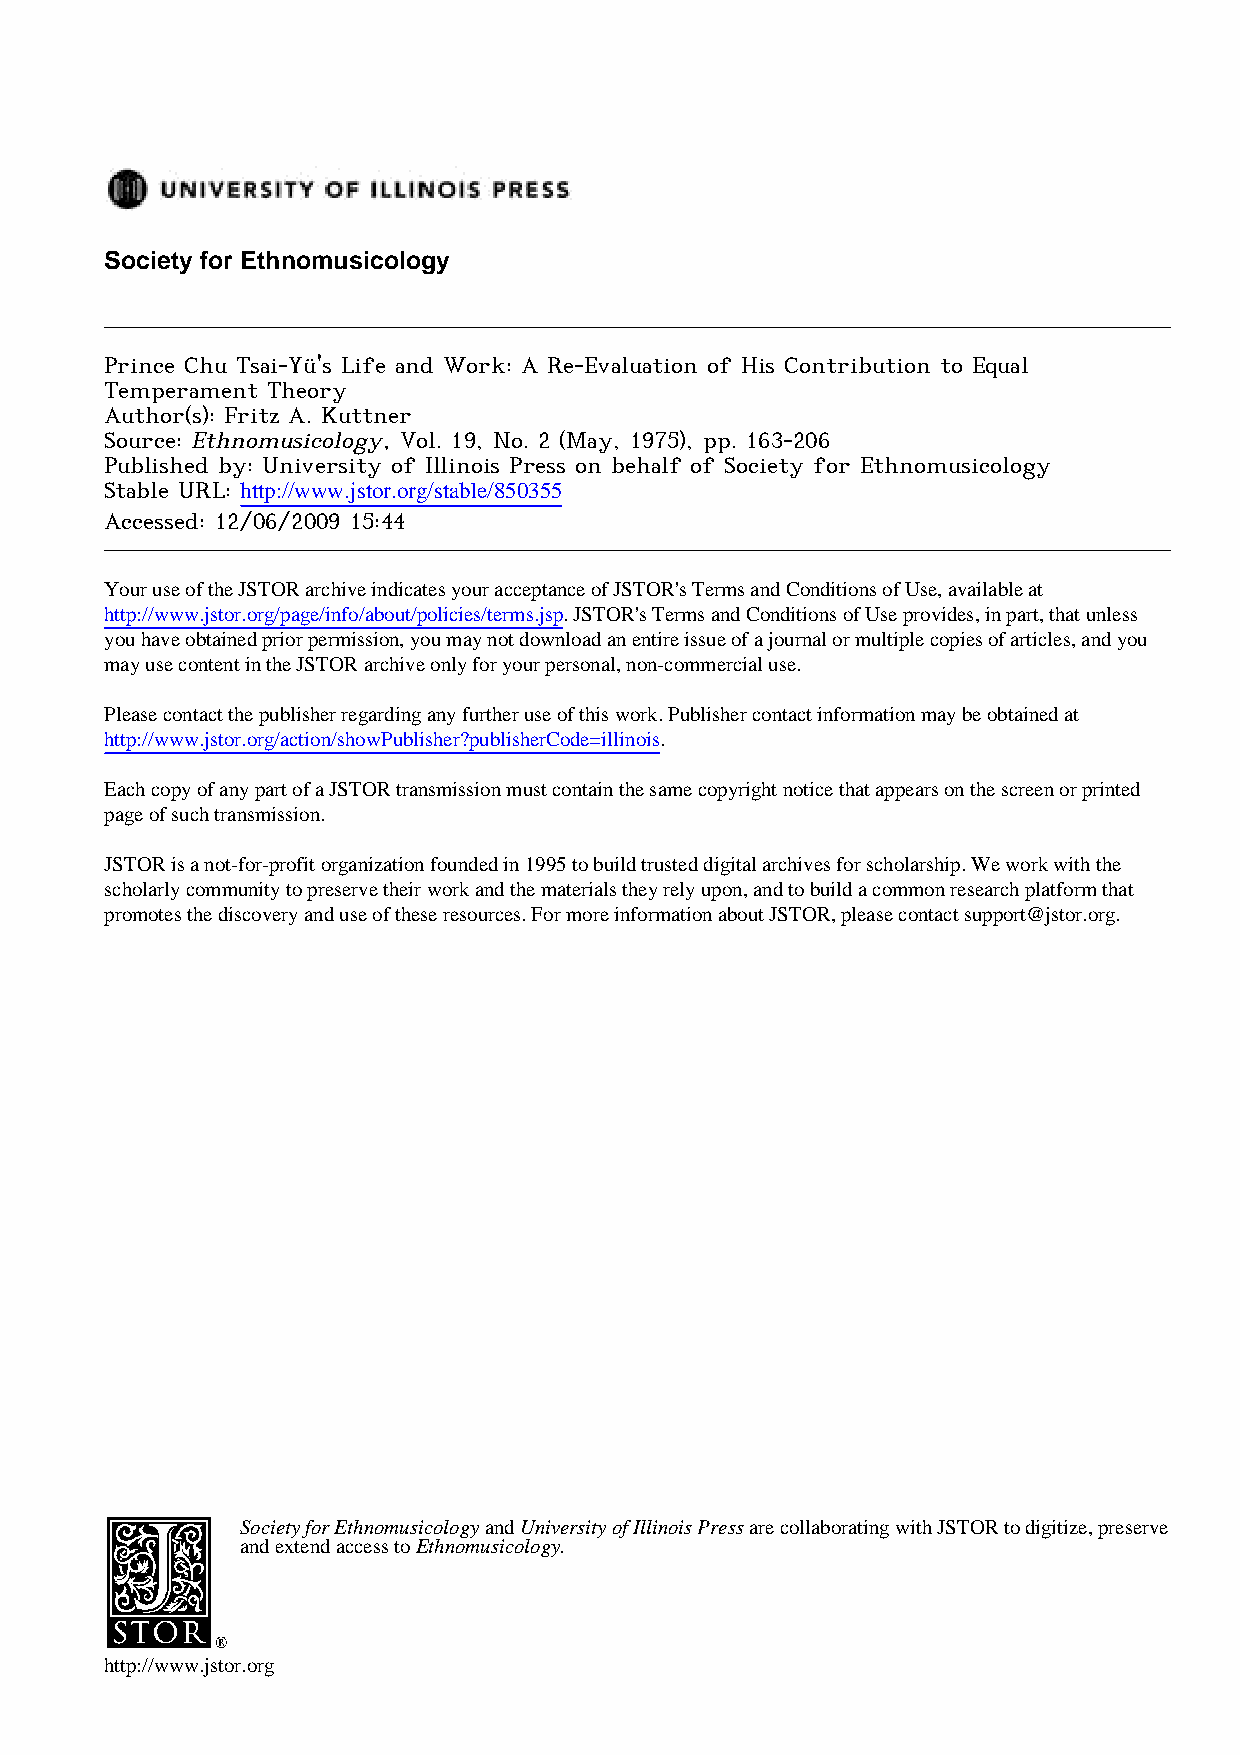
Society for Ethnomusicology
 Prince Chu Tsai-Yü's Life and Work: A Re-Evaluation of His Contribution to Equal
 Temperament Theory
 Author(s): Fritz A. Kuttner
 Source: Ethnomusicology, Vol. 19, No. 2 (May, 1975), pp. 163-206
 Published by: University of Illinois Press on behalf of Society for Ethnomusicology
 Stable URL: http://www.jstor.org/stable/850355
 Accessed: 12/06/2009 15:44
 Your use of the JSTOR archive indicates your acceptance of JSTOR's Terms and Conditions of Use, available at
 http://www.jstor.org/page/info/about/policies/terms.jsp. JSTOR's Terms and Conditions of Use provides, in part, that unless
 you have obtained prior permission, you may not download an entire issue of a journal or multiple copies of articles, and you
 may use content in the JSTOR archive only for your personal, non-commercial use.
 Please contact the publisher regarding any further use of this work. Publisher contact information may be obtained at
 http://www.jstor.org/action/showPublisher?publisherCode=illinois.
 Each copy of any part of a JSTOR transmission must contain the same copyright notice that appears on the screen or printed
 page of such transmission.
 JSTOR is a not-for-profit organization founded in 1995 to build trusted digital archives for scholarship. We work with the
 scholarly community to preserve their work and the materials they rely upon, and to build a common research platform that
 promotes the discovery and use of these resources. For more information about JSTOR, please contact support@jstor.org.
 Society for Ethnomusicology and University of Illinois Press are collaborating with JSTOR to digitize, preserve
 and extend access to Ethnomusicology.
 http://www.jstor.org